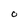
Character: O